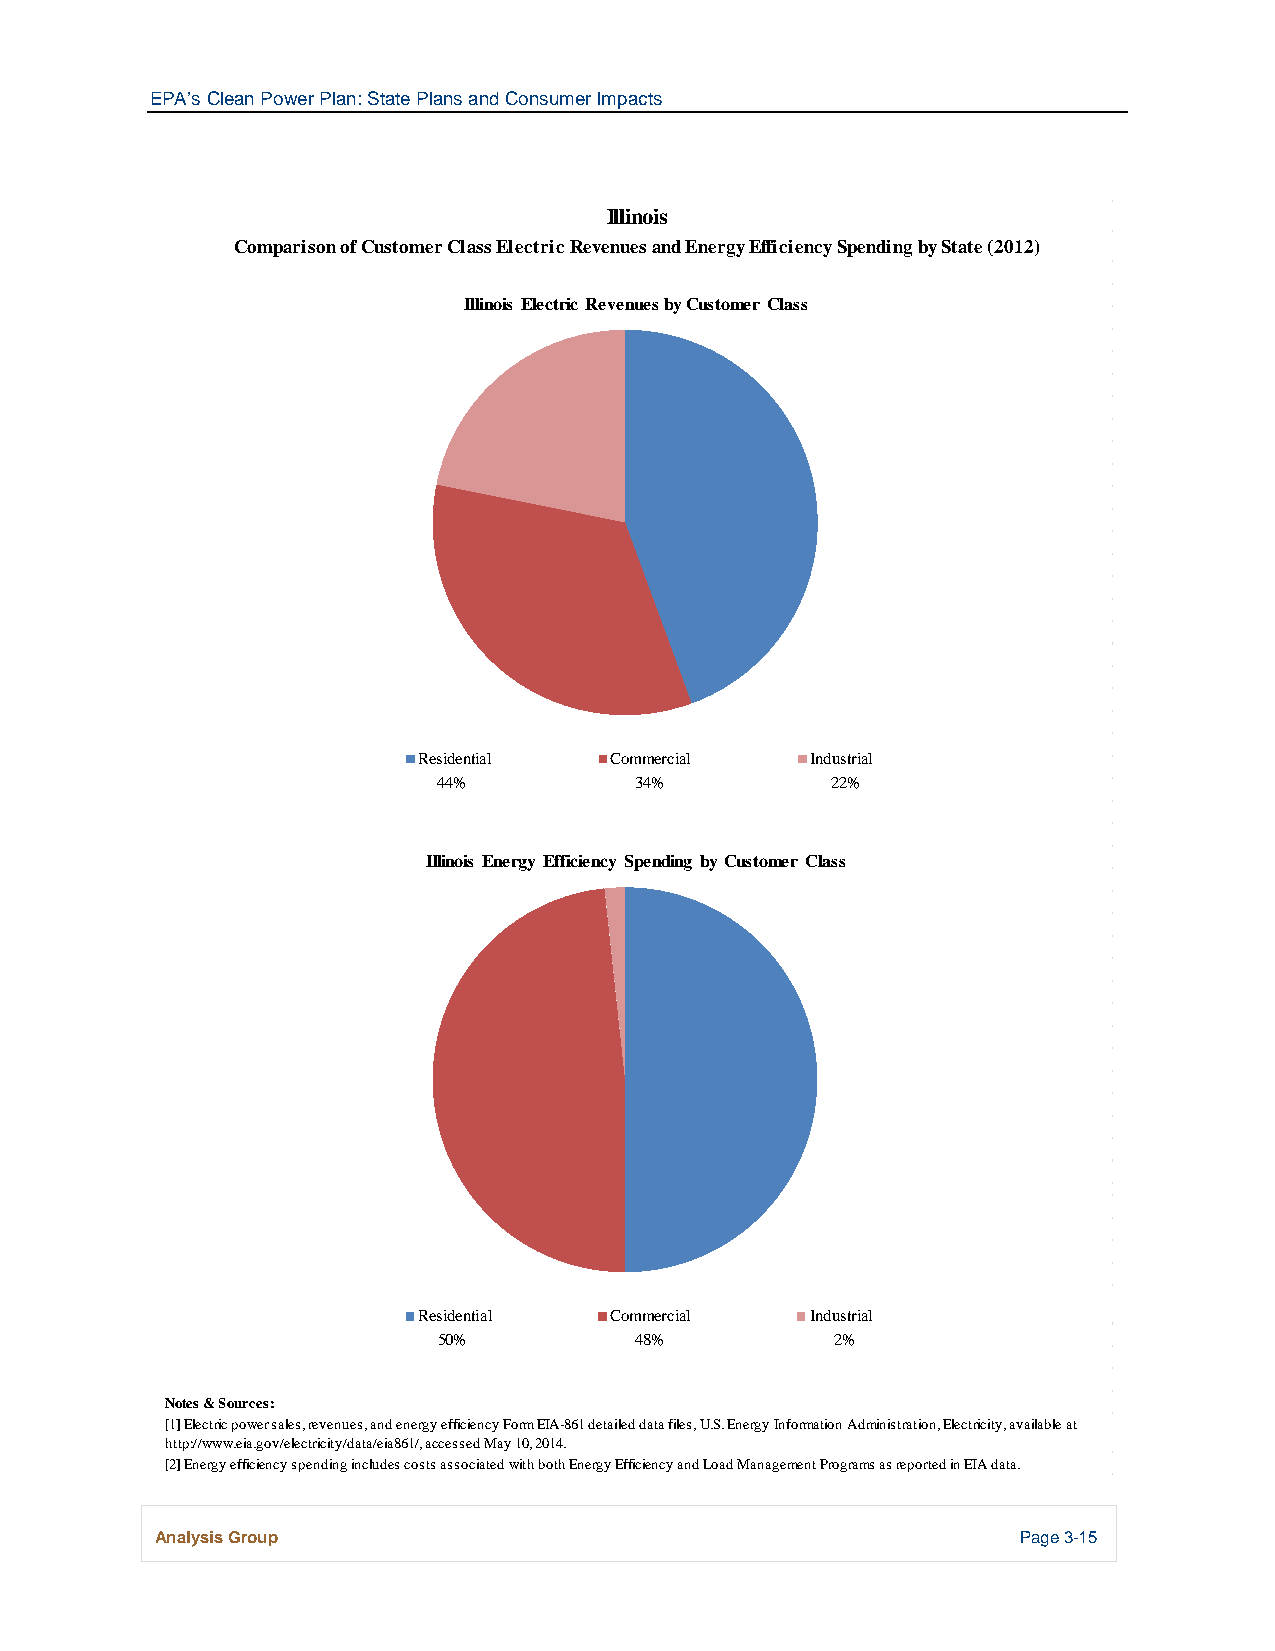
EPA’s Clean Power Plan: State Plans and Consumer Impacts
 Illinois
 Comparison of Customer Class Electric Revenues and Energy Efficiency Spending by State (2012)
 Illinois Electric Revenues by Customer Class
 Residential Commercial    Industrial
 44%          34%          22%
 Illinois Energy Efficiency Spending by Customer Class
 Residential Commercial    Industrial
 50%          48%          2%
 Notes & Sources:
 [1] Electric power sales, revenues, and energy efficiency Form EIA-861 detailed data files, U.S. Energy Information Administration, Electricity, available at
 http://www.eia.gov/electricity/data/eia861/, accessed May 10, 2014.
 [2] Energy efficiency spending includes costs associated with both Energy Efficiency and Load Management Programs as reported in EIA data.
 Analysis Group                                            Page 3-15